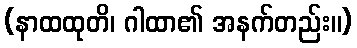
(နာထထုတိ၊ ဂါထာ၏ အနက်တည်း။)